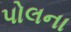
પોલના